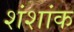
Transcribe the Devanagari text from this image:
शंशांक